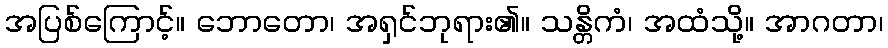
အပြစ်ကြောင့်။ ဘောတော၊ အရှင်ဘုရား၏။ သန္တိကံ၊ အထံသို့။ အာဂတာ၊